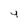
Character: 4